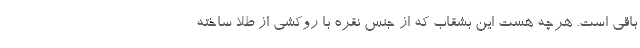
باقی است. هرچه هست این بشقاب که از جنس نقره با روکشی از طلا ساخته